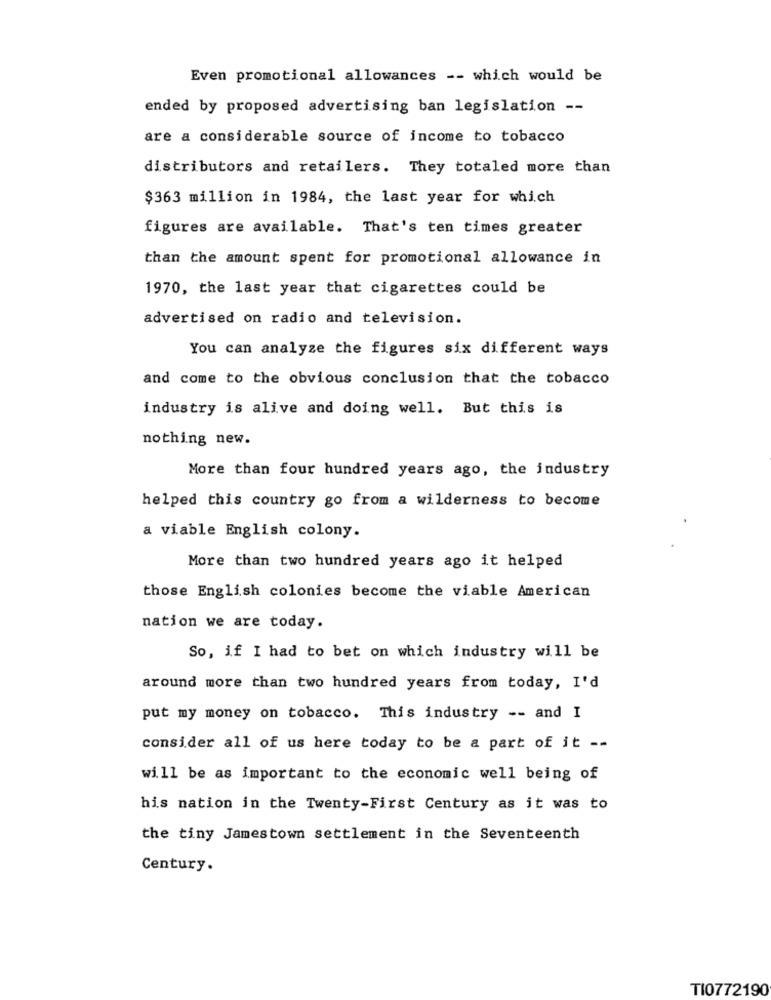
Even promotional allowances -- which would be
ended by proposed advertising ban legislation --
are a considerable source of income to tobacco
distributors and retailers. They totaled more than
$363 million in 1984, the last year for which
figures are available. That's ten times greater
than the amount spent for promotional allowance in
1970, the last year that cigarettes could be
advertised on radio and television.
You can analyze the figures six different ways
and come to the obvious conclusion that the tobacco
industry is alive and doing well. But this is
nothing new.
More than four hundred years ago, the industry
helped this country go from a wilderness to become
a viable English colony.
More than two hundred years ago it helped
those English colonies become the viable American
nation we are today.
So, if I had to bet on which industry will be
around more than two hundred years from today, I'd
put my money on tobacco. This industry -- and I
consider all of us here today to be a part of it --
will be as important to the economic well being of
his nation in the Twenty-First Century as it was to
the tiny Jamestown settlement in the Seventeenth
Century.
TI0772190